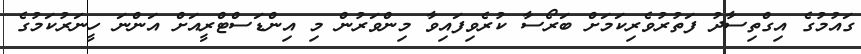
ގައުމުގެ އިގްތިސާދު ފަތުރުވެރިކަމަށް ބަރޯސާ ކުރެވިފައިވާ މިންވަރުން މި އިންޑަސްޓްރީއަށް އަންނަ ހީނަރުކަމުގެ